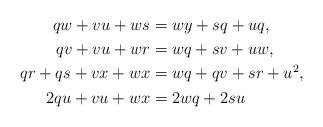
LaTeX: \begin{align*}qw + vu + ws &= wy + sq + uq,\\qv + vu + wr &= wq + sv + uw,\\qr + qs + vx + wx &= wq + qv + sr + u^2,\\2qu + vu + wx &= 2wq + 2su \end{align*}